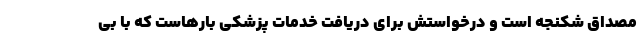
مصداق شکنجه است و درخواستش برای دریافت خدمات پزشکی بارهاست که با بی